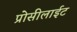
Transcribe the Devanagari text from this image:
प्रोसीलाईट